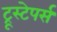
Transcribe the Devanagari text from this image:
ट्रूस्टेपर्स